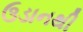
ઉડાનથી